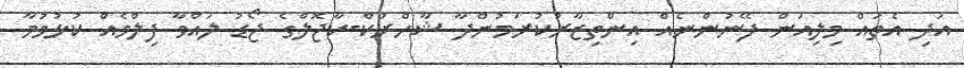
އަދި އެތައް މިލިއަން ފޭނުންނެއް އިންތިޒާރުކުރަމުންދާ ޝާހްރުކް-ކާޖޮލްގެ ޖޯޑު ލައްވާ ފިލްމެއް ކުޅުވުމާ